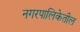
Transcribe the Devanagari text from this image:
नगरपालिकेतील